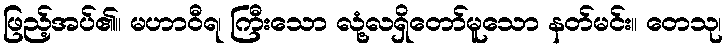
ဖြည့်အပ်၏။ မဟာဝီရ၊ ကြီးသော လုံ့လရှိတော်မူသော နတ်မင်း။ တေသု၊